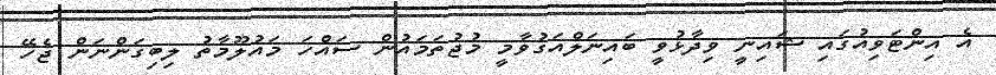
އެ އިންޓަވިއުގައި ޝައިނީ ވިދާޅުވީ ބައިނަލްއަގުވާމީ މުޖުތަމައުން ސައްހަ މައުލޫމާތު ލިބިގަންނަން ޖެހޭ